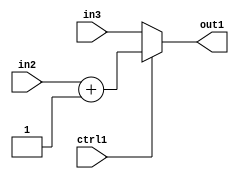
`timescale 1ps / 1ps
/*****************************************************************************
    Verilog RTL Description
    
    
    Created by: Stratus DpOpt 2019.1.01 
*******************************************************************************/

module feature_write_addr_gen_MuxAdd2i1u3u3u1_4_0 (
	in3,
	in2,
	ctrl1,
	out1
	); /* architecture "behavioural" */ 
input [2:0] in3,
	in2;
input  ctrl1;
output [2:0] out1;
wire [2:0] asc001,
	asc002;

assign asc002 = 
	+(in2)
	+(3'B001);

reg [2:0] asc001_tmp_0;
assign asc001 = asc001_tmp_0;
always @ (ctrl1 or asc002 or in3) begin
	case (ctrl1)
		1'B1 : asc001_tmp_0 = asc002 ;
		default : asc001_tmp_0 = in3 ;
	endcase
end

assign out1 = asc001;
endmodule

/* CADENCE  v7H0Qgg= : u9/ySgnWtBlWxVPRXgAZ4Og= ** DO NOT EDIT THIS LINE ******/